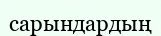
сарындардың